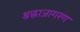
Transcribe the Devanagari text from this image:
श्रद्धाजागरण